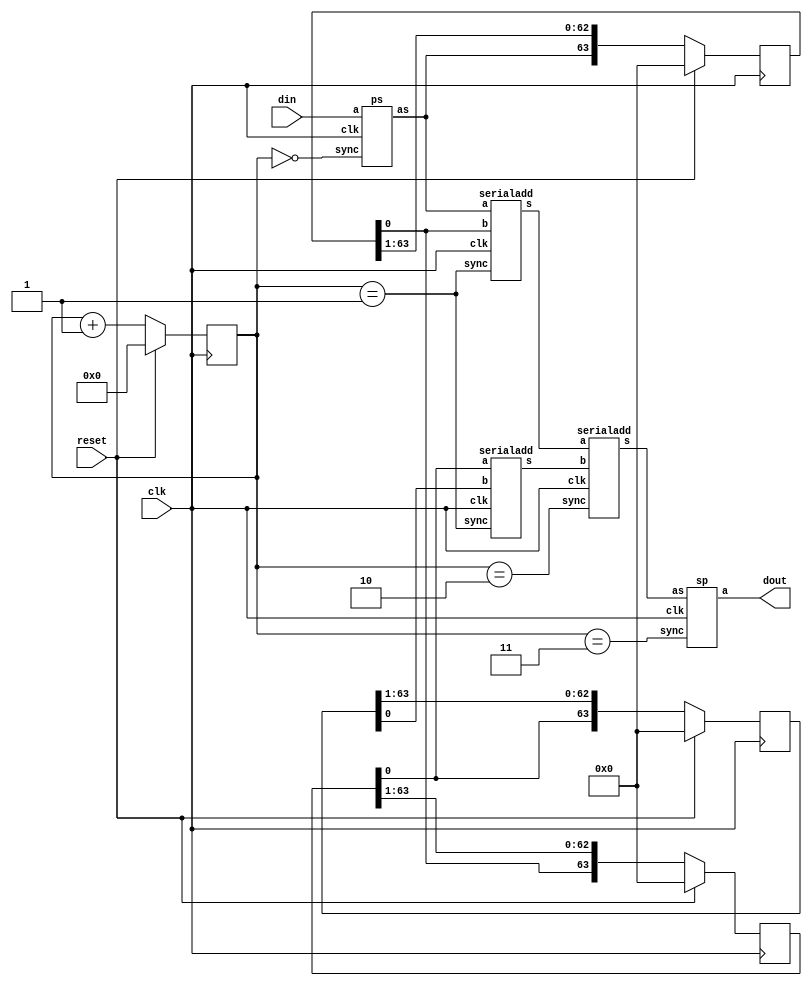
module movavg(input wire         clk,
	      input wire 	 reset,
	      input wire [63:0]  din,
	      output wire [63:0] dout);

   reg [63:0] 			  tap1, tap1_next;
   reg [63:0] 			  tap2, tap2_next;
   reg [63:0] 			  tap3, tap3_next;

   reg [5:0] 			  ctr, ctr_next;

   always @(posedge clk)
     begin
	if (reset)
	  begin
	     tap1 <= 64'h0;
	     tap2 <= 64'h0;
	     tap3 <= 64'h0;
	     ctr <= 5'd0;
	  end
	else
	  begin
	     tap1 <= tap1_next;
	     tap2 <= tap2_next;
	     tap3 <= tap3_next;
	     ctr  <= ctr_next;	     
	  end
     end // always @ (posedge clk)

   // controller
   reg ctl0, ctl1, ctl2, ctl3, ctl4;
   always @(*)
     begin
	ctr_next = ctr + 6'b1;
	ctl0 = (ctr == 6'd0);
	ctl1 = (ctr == 6'd1);
	ctl2 = (ctr == 6'd2);
	ctl3 = (ctr == 6'd3);
	ctl4 = (ctr == 6'd4);
     end
   
   // first stage: parallel to serial conversion
   wire din_s;
   ps stage1(din, ctl0, clk, din_s);

   // second stage: delay line
   always @(*)
     begin
	tap1_next = {din_s, tap1[63:1]};
	tap2_next = {tap1[0], tap2[63:1]};
	tap3_next = {tap2[0], tap3[63:1]};	
     end

   // third stage: first set of adders
   wire a1_s, a2_s;   
   serialadd a1(din_s,    tap1[0], a1_s, ctl1, clk);
   serialadd a2(tap2[0],  tap3[0], a2_s, ctl1, clk);

   // fourth stage: second adder
   wire a3_s;
   serialadd a3(a1_s, a2_s, a3_s, ctl2, clk);

   // final stage: s/p converter
   sp stage9(a3_s, ctl3, clk, dout);
   
endmodule

module ps(input wire[63:0] a,
	  input wire  sync,
	  input wire  clk,
	  output wire as);
   
   reg [63:0] 	      ra;
   
   always @(posedge clk)
     if (sync)
       ra <= a;
     else
       ra <= {1'b0, ra[63:1]};
   
   assign as = ra[0];

endmodule // ps

module sp(input wire as,
	  input wire 	     sync,
	  input wire 	     clk,
	  output wire [63:0] a);
   
   reg [63:0] 		     ra;
   
   always  @(posedge clk)
     ra <= {as, ra[63:1]};
   
   assign a  = sync ? ra : 8'b0;
   
endmodule // sp

module serialadd(input wire a, input wire b, output wire s,
                 input wire sync, input wire clk);
   
   reg 			    carry, q;
   
   always @(posedge clk)
     if (sync)
       begin
          carry <= a & b;
          q     <= a ^ b;
       end
     else
       begin
          q     <= a ^ b ^ carry;
          carry <= (a & b) | (b & carry) | (carry & a);
       end
   
   assign s = q;
   
endmodule